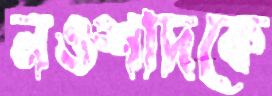
নওশাদকে